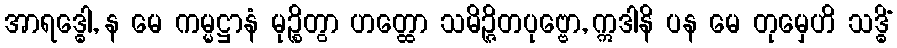
အာရဒ္ဓေါ, န မေ ကမ္မဋ္ဌာနံ မုဉ္စိတွာ ဟတ္ထော သမိဉ္ဇိတပုဗ္ဗော, ဣဒါနိ ပန မေ တုမှေဟိ သဒ္ဓိံ